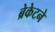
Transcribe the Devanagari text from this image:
ब्रेकेटने